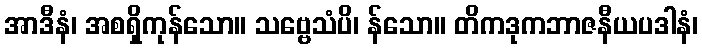
အာဒီနံ၊ အစရှိကုန်သော။ သဗ္ဗေသံပိ၊ န်သော။ တိကဒုကဘာဇနီယပဒါနံ၊